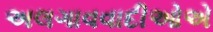
અલગાવવાદીઓએ